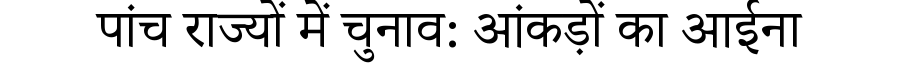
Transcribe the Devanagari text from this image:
पांच राज्यों में चुनाव: आंकड़ों का आईना